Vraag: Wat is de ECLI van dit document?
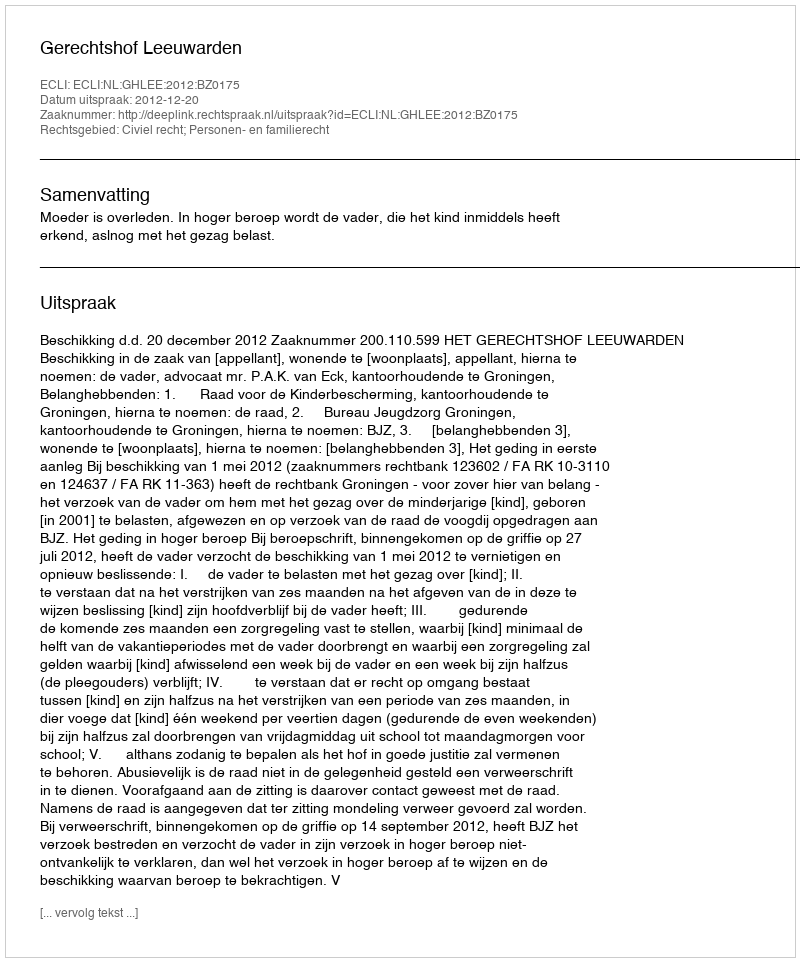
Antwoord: ECLI:NL:GHLEE:2012:BZ0175